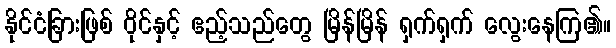
နိုင်ငံခြားဖြစ် ဝိုင်နှင့် ဧည့်သည်တွေ မြိန်မြိန် ရှက်ရှက် လွေးနေကြ၏။